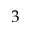
3